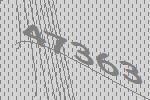
47363